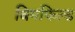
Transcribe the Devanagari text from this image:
विगफिल्ड